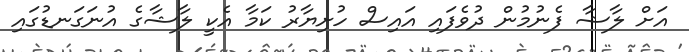
އަށް ލާޝާ ފެނުމުން ދުވެފައި އައިސް ހުށިޔާރު ކަމާ އެކީ ލާޝާގެ އުނަގަނޑުގައި